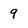
Character: 9